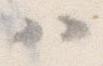
ハ